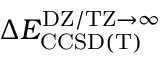
\Delta E _ { \mathrm { C C S D ( T ) } } ^ { \mathrm { D Z / T Z } \rightarrow \infty }